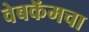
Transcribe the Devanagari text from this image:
वेबकॅमचा